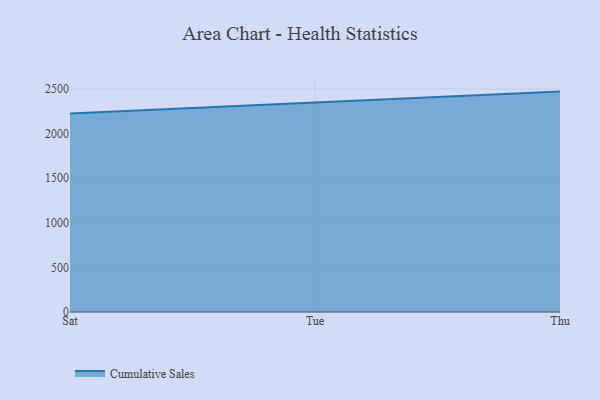
{"axis": {"x": "Day", "y": "Population (Million)"}, "legend": ["Cumulative Sales"], "data": [{"x": "Sat", "y": 2223.9, "type": "Cumulative Sales"}, {"x": "Tue", "y": 2344.1, "type": "Cumulative Sales"}, {"x": "Thu", "y": 2470.3, "type": "Cumulative Sales"}]}